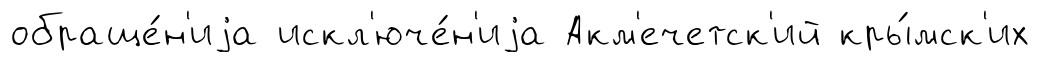
обраще́н'иjа искл'юче́н'иjа Акм'ечетск'ий кры́мск'их